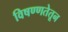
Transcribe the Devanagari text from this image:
विषण्णतेतून